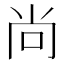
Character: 尚